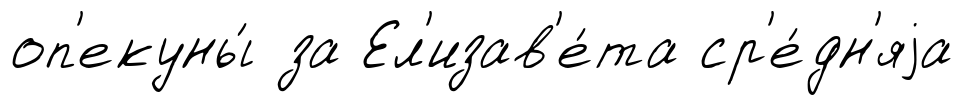
оп'екуны́ за Ел'изав'е́та ср'е́дн'яjа